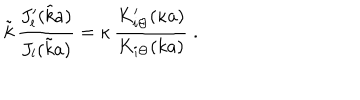
\tilde { k } \, \frac { J _ { l } ^ { \prime } ( \tilde { k } a ) } { J _ { l } ( \tilde { k } a ) } = \kappa \, \frac { K _ { i \Theta } ^ { \prime } ( \kappa a ) } { K _ { i \Theta } ( k a ) } \; .